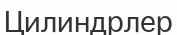
Цилиндрлер